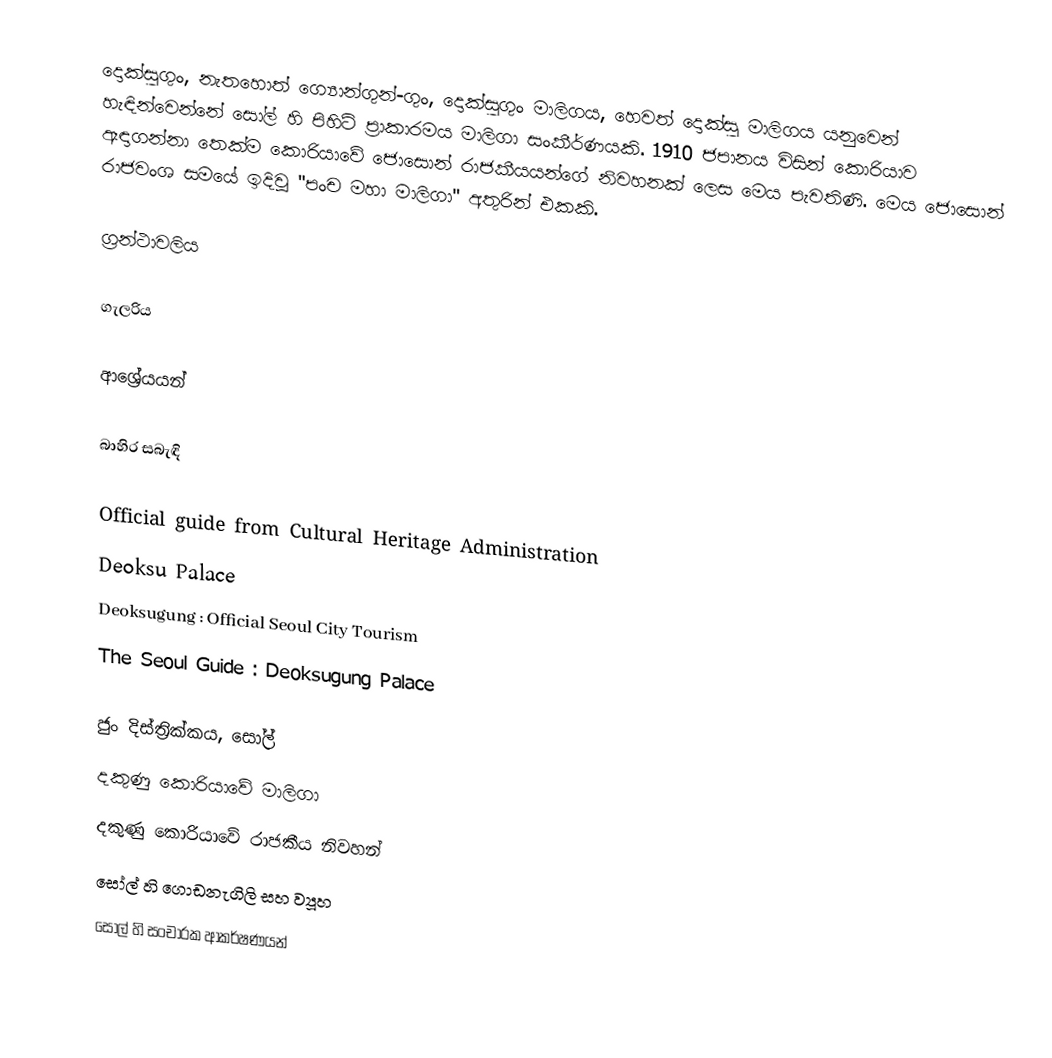
දොක්සුගුං, නැතහොත් ග්‍යොන්ගුන්-ගුං, දොක්සුගුං මාලිගය, හෙවත් දොක්සු මාලිගය යනුවෙන් හැඳින්වෙන්නේ සෝල් හි පිහිටි ප්‍රාකාරමය මාලිගා සංකීර්ණයකි. 1910 ජපානය විසින් කොරියාව ඈඳාගන්නා තෙක්ම කොරියාවේ ජොසොන් රාජකීයයන්ගේ නිවහනක් ලෙස මෙය පැවතිණි. මෙය ජොසොන් රාජවංශ සමයේ ඉදිවූ "පංච මහා මාලිගා" අතුරින් එකකි.

ග්‍රන්ථාවලිය

ගැලරිය

ආශ්‍රේයයන්

බාහිර සබැඳි

Official guide from Cultural Heritage Administration
Deoksu Palace
Deoksugung : Official Seoul City Tourism
The Seoul Guide : Deoksugung Palace

ජුං දිස්ත්‍රික්කය, සෝල්
දකුණු කොරියාවේ මාලිගා
දකුණු කොරියාවේ රාජකීය නිවහන්
සෝල් හි ගොඩනැගිලි සහ ව්‍යූහ
සෝල් හි සංචාරක ආකර්ෂණයන්